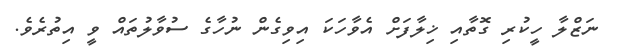
ނަޒްލާ ހީކުރި ގޮތާއި ޚިލާފަށް އެވާހަކަ އިވިގެން ނުހާގެ ސުވާލުތައް ވީ އިތުރެވެ.